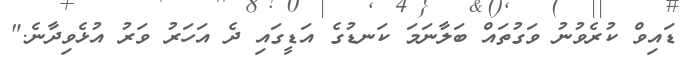
ޑައިވް ކުރެވުނު ވަގުތައް ބަލާނަމަ ކަނޑުގެ އަޑީގައި ދެ އަހަރު ވަރު އުޅެވިދާނެ."